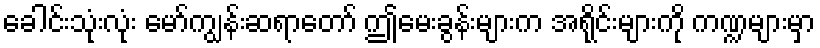
ခေါင်းသုံးလုံး မော်ကျွန်းဆရာတော် ဤမေးခွန်းများက အရိုင်းများကို ကဏ္ဍများမှာ